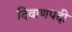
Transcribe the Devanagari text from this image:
दिवाणपदी